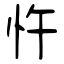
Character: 忤